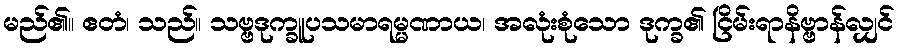
မည်၏။ ဧတံ၊ သည်။ သဗ္ဗဒုက္ခူပသမာရမ္မဏာယ၊ အလုံးစုံသော ဒုက္ခ၏ ငြိမ်းရာနိဗ္ဗာန်လျှင်